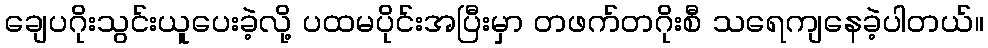
ချေပဂိုးသွင်းယူပေးခဲ့လို့ ပထမပိုင်းအပြီးမှာ တဖက်တဂိုးစီ သရေကျနေခဲ့ပါတယ်။